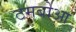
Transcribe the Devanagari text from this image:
टमबोआ